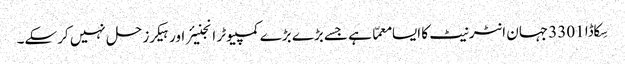
سِکاڈا 3301 جہان انٹرنیٹ کا ایسا معمّا ہے جسے بڑے بڑے کمپیوٹر انجنیئر اور ہیکرز حل نہیں کرسکے۔